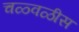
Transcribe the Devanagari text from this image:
चळ्वळीस